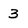
Character: 3